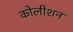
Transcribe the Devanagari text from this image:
कोलीशन